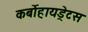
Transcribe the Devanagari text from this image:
कर्बोहायड्रेटस